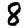
Digit: 8